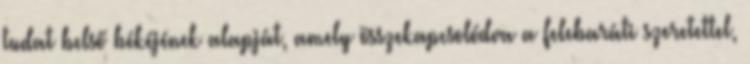
tudat belső békéjének alapját, amely összekapcsolódva a felebaráti szeretettel,